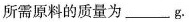
所需原料的质量为___g。